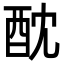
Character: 酖